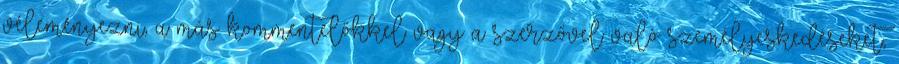
véleményezni, a más kommentelőkkel vagy a szerzővel való személyeskedéseket,